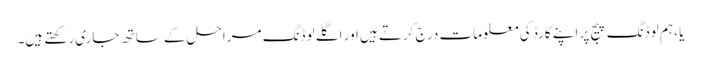
یا ، ہم لوڈنگ پیج پر اپنے کارڈ کی معلومات درج کرتے ہیں اور اگلے لوڈنگ مراحل کے ساتھ جاری رکھتے ہیں۔